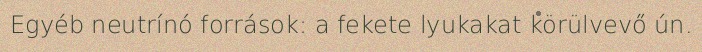
Egyéb neutrínó források: a fekete lyukakat körülvevő ún.